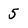
Character: 5